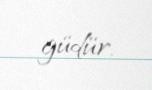
güdür.